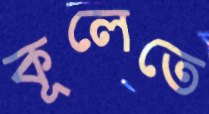
কূলেতে